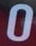
0